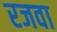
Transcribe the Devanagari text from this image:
रजवा